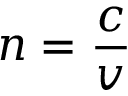
n = { \frac { c } { v } }